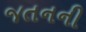
જતનની